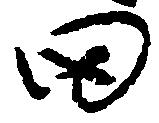
田